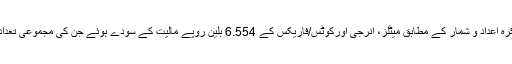
پیر کو جاری کرہ اعداد و شمار کے مطابق میٹلز، انرجی اورکوٹس/فاریکس کے 6.554 بلین روپے مالیت کے سودے ہوئے جن کی مجموعی تعداد 7,543 رہی۔